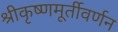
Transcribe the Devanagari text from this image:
श्रीकृष्णमूर्तीवर्णन